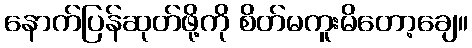
နောက်ပြန်ဆုတ်ဖို့ကို စိတ်မကူးမိတော့ချေ။